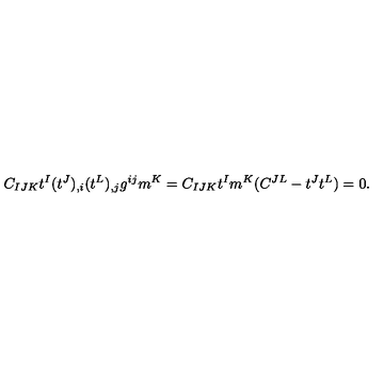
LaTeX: C _ { I J K } t ^ { I } ( t ^ { J } ) _ { , i } ( t ^ { L } ) _ { , j } g ^ { i j } m ^ { K } = C _ { I J K } t ^ { I } m ^ { K } ( C ^ { J L } - t ^ { J } t ^ { L } ) = 0 .